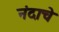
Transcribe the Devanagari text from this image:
नंदाचे